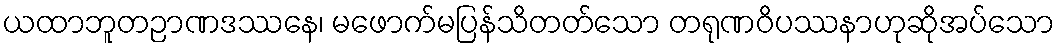
ယထာဘူတဉာဏဒဿနေ၊ မဖောက်မပြန်သိတတ်သော တရုဏဝိပဿနာဟုဆိုအပ်သော